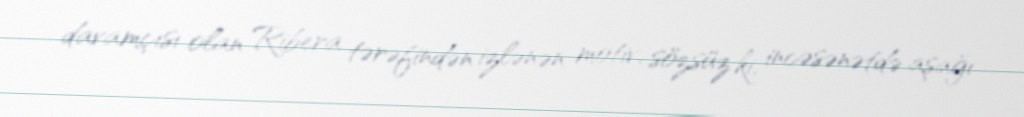
davamçısı olan Ribera tərəfindən izlənən motiv, sözsüz ki, incəsənətdə aşağı